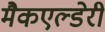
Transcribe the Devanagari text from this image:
मैकएल्डेरी